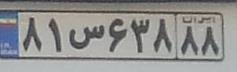
۸۱س۶۳۸۸۸